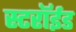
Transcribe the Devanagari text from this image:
स्टरॉईड